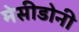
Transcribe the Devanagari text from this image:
मेसीडोनी